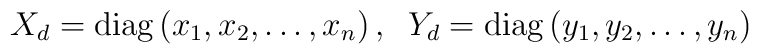
X_d=\mbox{diag}\left(x_1,x_2,\ldots ,x_n\right),\;\;Y_d=\mbox{diag}\left(y_1,y_2,\ldots ,y_n\right)